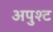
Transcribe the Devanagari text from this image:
अपुश्ट